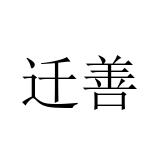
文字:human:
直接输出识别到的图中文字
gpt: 迁善